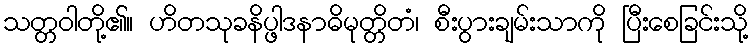
သတ္တဝါတို့၏။ ဟိတသုခနိပ္ဖါဒနာဓိမုတ္တိတံ၊ စီးပွားချမ်းသာကို ပြီးစေခြင်းသို့